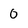
Character: 0